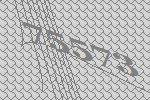
75573